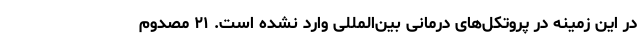
در این زمینه در پروتکل‌های درمانی بین‌المللی وارد نشده است. ۲۱ مصدوم